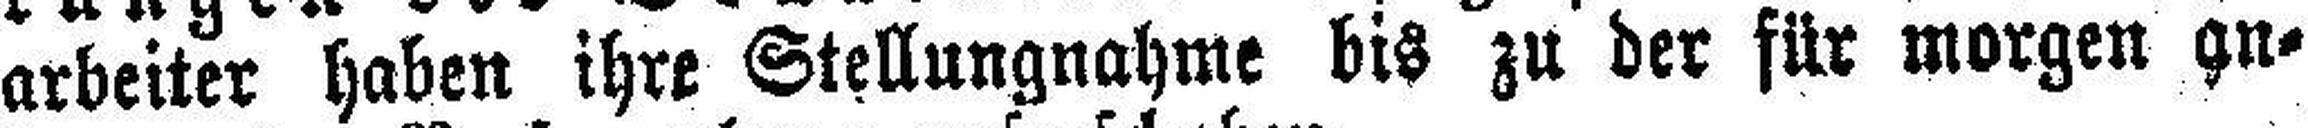
arbeiter haben ihre Stellungnahme bis zu der für morgen an¬